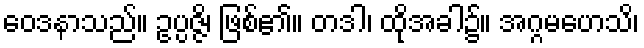
ဝေဒနာသည်။ ဥပ္ပဇ္ဇိ၊ ဖြစ်၏။ တဒါ၊ ထိုအခါ၌။ အဂ္ဂမဟေသိ၊